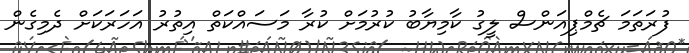
ފުރަތަމަ ޗެމްޕިއަންސް ލީގު ކާމިޔާބު ކުރުމަށް ކުރާ މަސައްކަތް އިތުރު އަހަރަކަށް ދެމިގެން